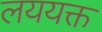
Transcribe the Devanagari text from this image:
लययक्त